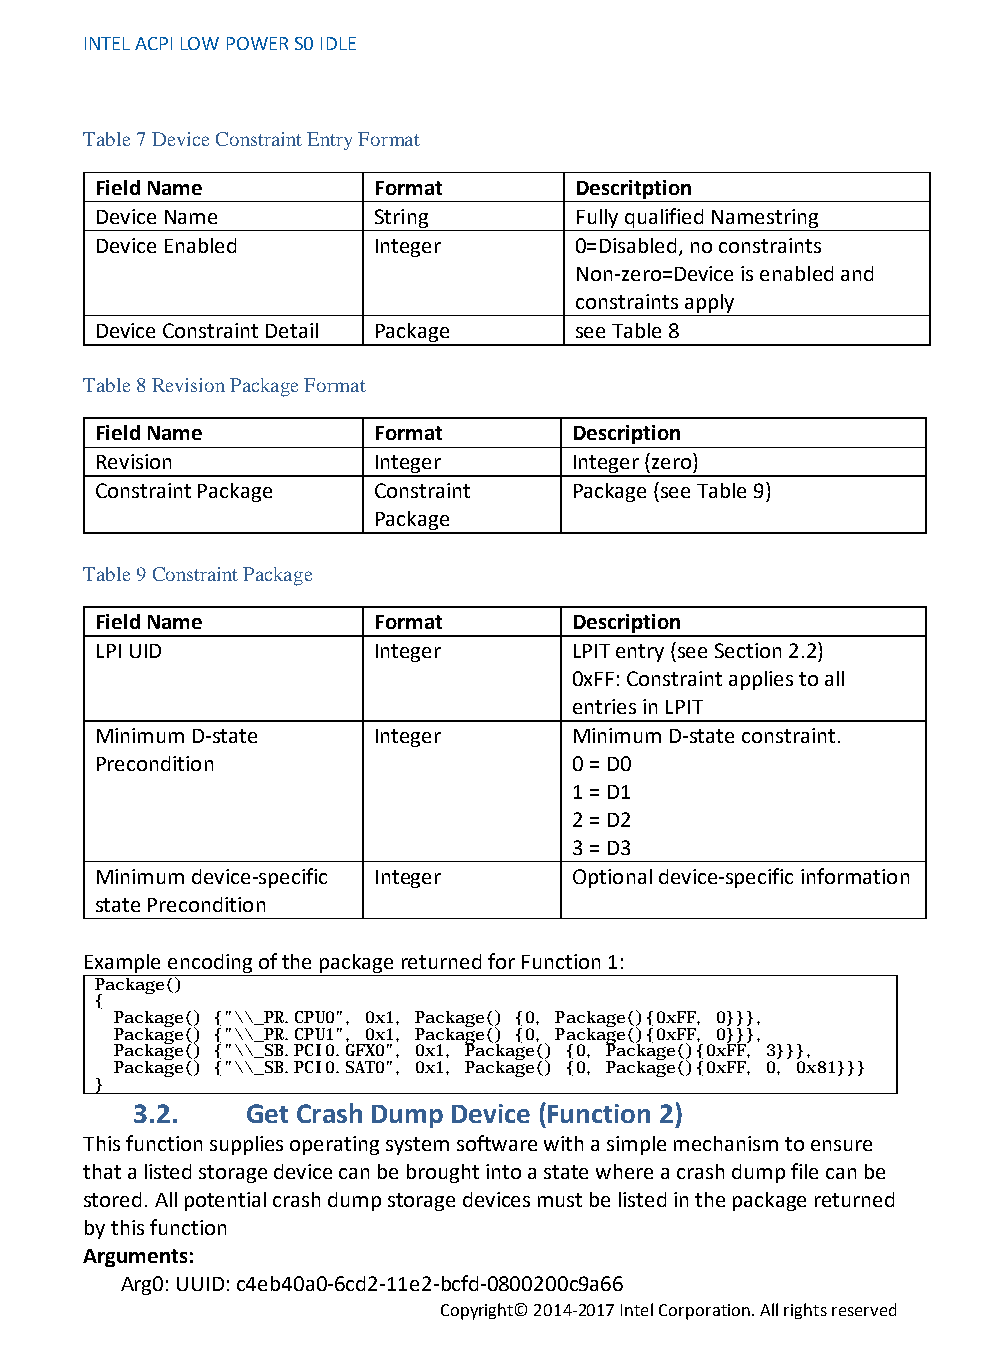
INTEL ACPI LOW POWER S0 IDLE
 Table 7 Device Constraint Entry Format
 Field Name         Format       Descritption
 Device Name        String       Fully qualified Namestring
 Device Enabled     Integer      0=Disabled, no constraints
 Non-zero=Device is enabled and
 constraints apply
 Device Constraint Detail Package see Table 8
 Table 8 Revision Package Format
 Field Name         Format       Description
 Revision           Integer      Integer (zero)
 Constraint Package Constraint   Package (see Table 9)
 Package
 Table 9 Constraint Package
 Field Name         Format       Description
 LPI UID            Integer      LPIT entry (see Section 2.2)
 0xFF: Constraint applies to all
 entries in LPIT
 Minimum D-state    Integer      Minimum D-state constraint.
 Precondition                    0 = D0
 1 = D1
 2 = D2
 3 = D3
 Minimum device-specific Integer Optional device-specific information
 state Precondition
 Example encoding of the package returned for Function 1:
 Package()
 {
 Package() {"\\_PR.CPU0", 0x1, Package() {0, Package(){0xFF, 0}}},
 Package() {"\\_PR.CPU1", 0x1, Package() {0, Package(){0xFF, 0}}},
 Package() {"\\_SB.PCI0.GFX0", 0x1, Package() {0, Package(){0xFF, 3}}},
 Package() {"\\_SB.PCI0.SAT0", 0x1, Package() {0, Package(){0xFF, 0, 0x81}}}
 }
 3.2.   Get Crash Dump Device (Function 2)
 This function supplies operating system software with a simple mechanism to ensure
 that a listed storage device can be brought into a state where a crash dump file can be
 stored. All potential crash dump storage devices must be listed in the package returned
 by this function
 Arguments:
 Arg0: UUID: c4eb40a0-6cd2-11e2-bcfd-0800200c9a66
 Copyright© 2014-2017 Intel Corporation. All rights reserved